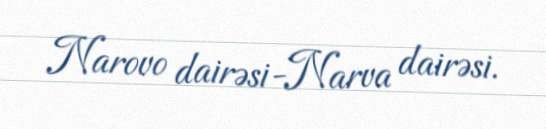
Narovo dairəsi-Narva dairəsi.